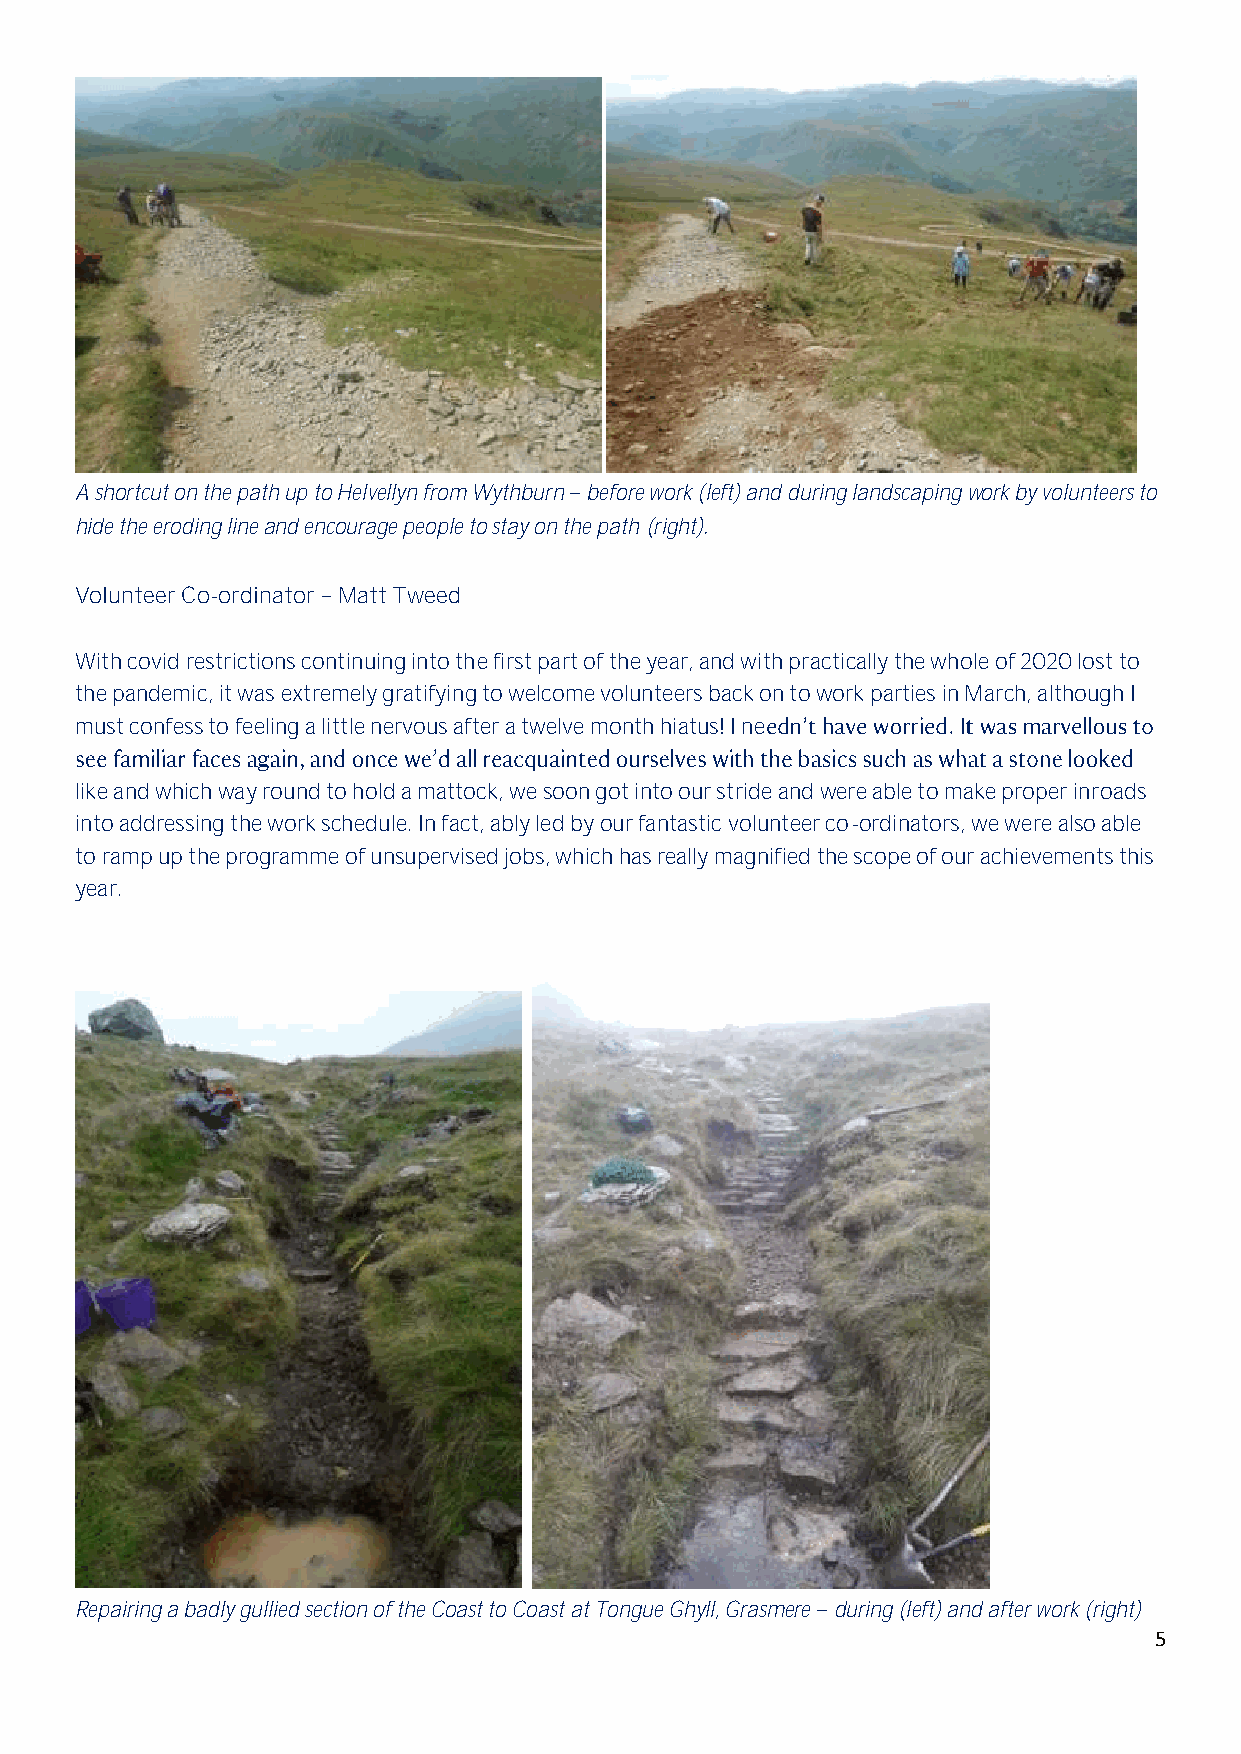
A shortcut on the path up to Helvellyn from Wythburn before work (left) and during landscaping work by volunteers to
 hide the eroding line and encourage people to stay on the path (right).
 Volunteer Co-ordinator Matt Tweed
 With covid restrictions continuing into the first part of the year, and with practically the whole of 2020 lost to
 the pandemic, it was extremely gratifying to welcome volunteers back on to work parties in March, although I
 must confess to feeling a little nervous after a twelve month hiatus! I ne
 like and which way round to hold a mattock, we soon got into our stride and were able to make proper inroads
 into addressing the work schedule. In fact, ably led by our fantastic volunteer co-ordinators, we were also able
 to ramp up the programme of unsupervised jobs, which has really magnified the scope of our achievements this
 year.
 Repairing a badly gullied section of the Coast to Coast at Tongue Ghyll, Grasmere during (left) and after work (right)
 5